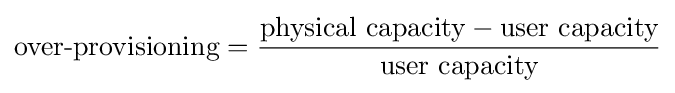
{\text{over-provisioning}}={\frac {{\text{physical capacity}}-{\text{user capacity}}}{\text{user capacity}}}